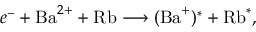
e ^ { - } + \mathrm { B a } ^ { 2 + } + \mathrm { R b } \longrightarrow ( \mathrm { B a } ^ { + } ) ^ { * } + \mathrm { R b } ^ { * } ,